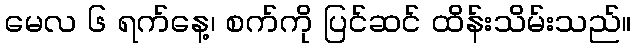
မေလ ၆ ရက်နေ့၊ စက်ကို ပြင်ဆင် ထိန်းသိမ်းသည်။